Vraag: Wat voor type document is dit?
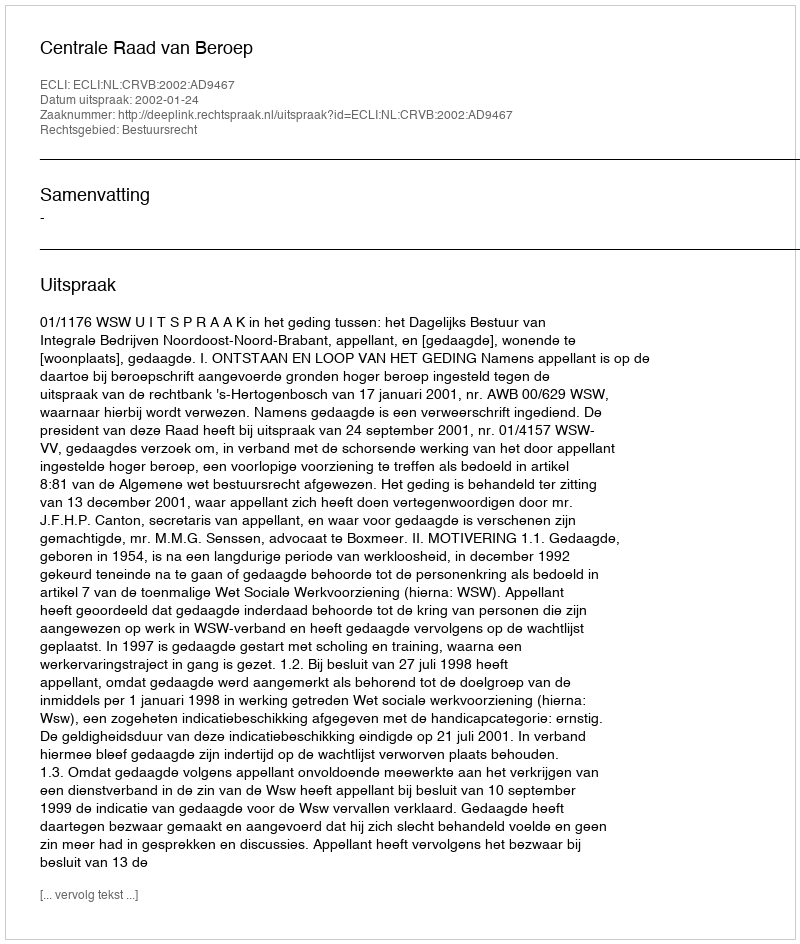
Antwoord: Uitspraak